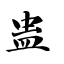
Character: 蛊